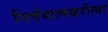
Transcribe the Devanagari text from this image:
निर्णयात्मकरीत्या